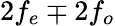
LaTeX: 2f_{e}\mp 2f_{o}